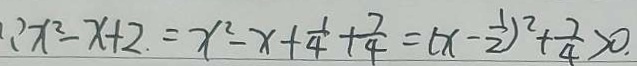
\because x ^ { 2 } - x + 2 = x ^ { 2 } - x + \frac { 1 } { 4 } + \frac { 7 } { 4 } = ( x - \frac { 1 } { 2 } ) ^ { 2 } + \frac { 7 } { 4 } > 0 .